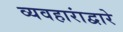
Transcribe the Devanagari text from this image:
व्यवहारांद्वारे